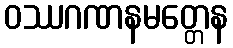
ဝဿဂဏနမတ္တေန